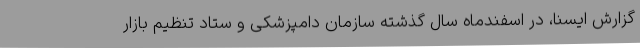
گزارش ایسنا، در اسفندماه سال گذشته سازمان دامپزشکی و ستاد تنظیم بازار